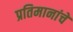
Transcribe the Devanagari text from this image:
प्रतिमानांचे